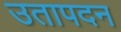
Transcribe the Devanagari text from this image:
उतापदन